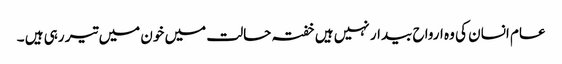
عام انسان کی وہ ارواح بیدار نہیں ہیں خفتہ حالت میں خون میں تیر رہی ہیں ۔